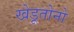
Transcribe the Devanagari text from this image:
खेडूतोनो